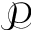
\mathcal { P }